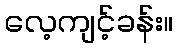
လေ့ကျင့်ခန်း။